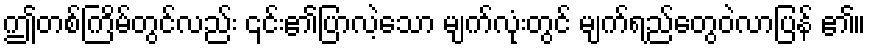
ဤတစ်ကြိမ်တွင်လည်း ၎င်း၏ပြာလဲ့သော မျက်လုံးတွင် မျက်ရည်တွေဝဲလာပြန် ၏။